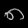
Digit: ၈